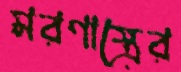
মরণাস্ত্রের